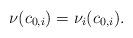
LaTeX: \begin{align*}\nu(c_{0,i})=\nu_i(c_{0,i}).\end{align*}